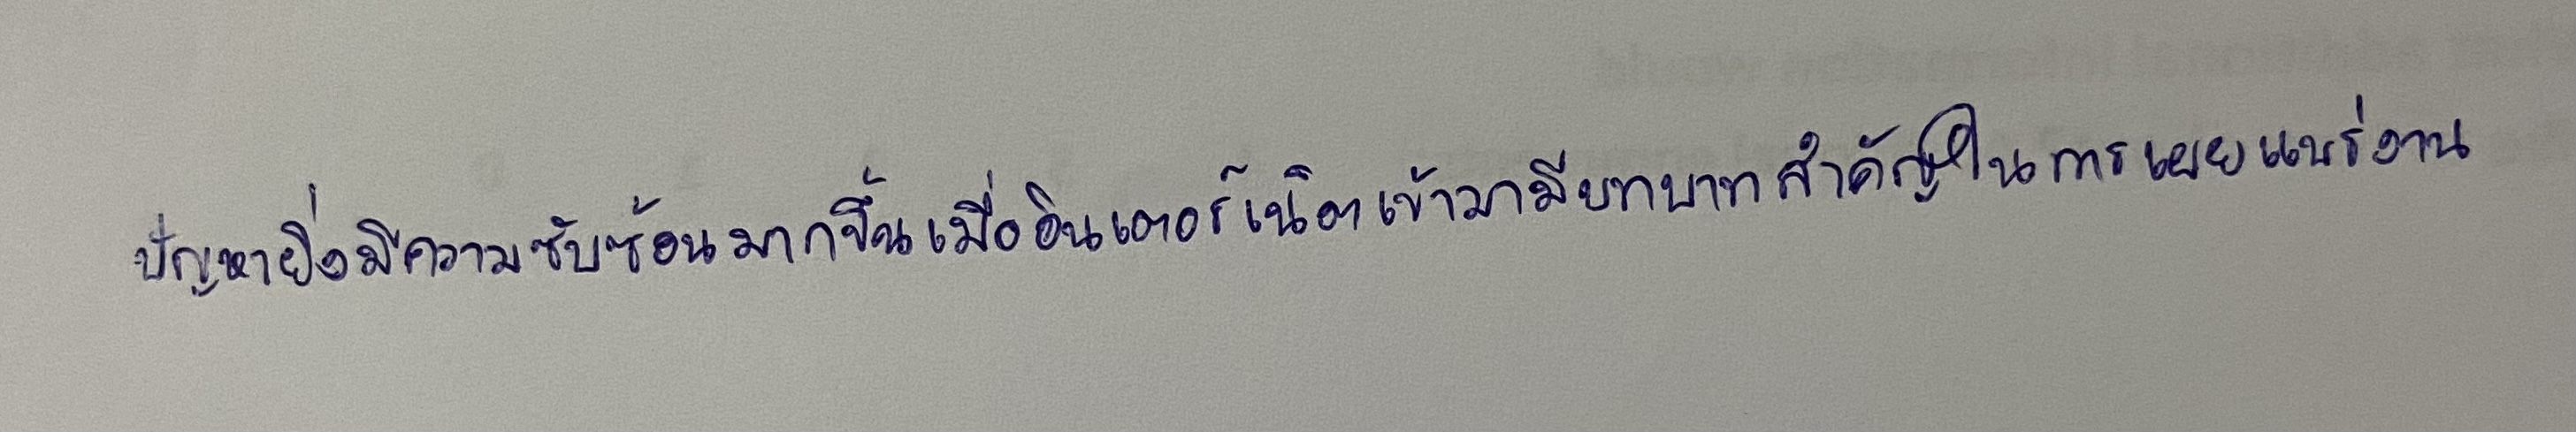
ปัญหายิ่งมีความซับซ้อนมากขึ้นเมื่ออินเตอร์เน็ตเข้ามามีบทบาทสำคัญในการเผยแพร่งาน